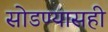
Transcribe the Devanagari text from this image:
सोडण्यासही